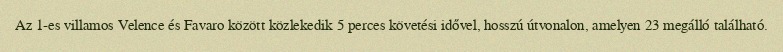
Az 1-es villamos Velence és Favaro között közlekedik 5 perces követési idővel, hosszú útvonalon, amelyen 23 megálló található.